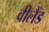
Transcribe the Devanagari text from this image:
वीलैंड